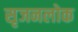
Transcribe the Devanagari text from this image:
सृजनलोक